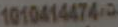
1010414474-9